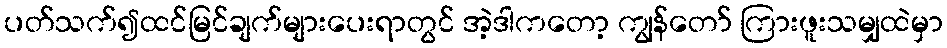
ပတ်သက်၍ထင်မြင်ချက်များပေးရာတွင် အဲ့ဒါကတော့ ကျွန်တော် ကြားဖူးသမျှထဲမှာ